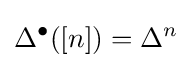
\Delta ^{\bullet }([n])=\Delta ^{n}